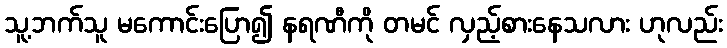
သူ့ဘက်သူ မကောင်းပြော၍ နရဏီကို တမင် လှည့်စားနေသလား ဟုလည်း